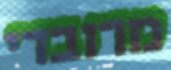
מרובדי